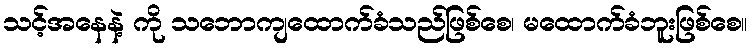
သင့်အနေနဲ့ ကို သဘောကျထောက်ခံသည်ဖြစ်စေ၊ မထောက်ခံဘူးဖြစ်စေ။